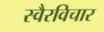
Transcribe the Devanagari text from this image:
स्वैरविचार